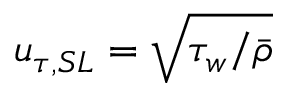
u _ { \tau , S L } = \sqrt { \tau _ { w } / \bar { \rho } }